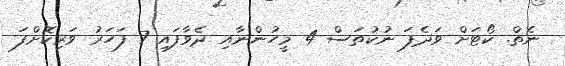
ނެތް. ކޯޓަށް ވަދެފަ ނުކުތަސް 4 މީހުންނާއި ދެވާފައި 7 ފަހަރު ވަރިކޮށްފަ